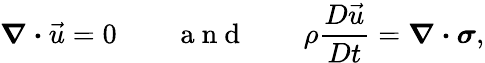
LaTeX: \boldsymbol{\nabla\cdot}\vec{u}=0\qquad\mathrm{~a~n~d~}\qquad\rho\frac{D\vec{u}}{Dt}=\boldsymbol{\nabla\cdot}\boldsymbol{\sigma},